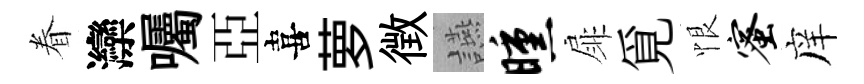
眷灤囑亞喜萝徴讌曛扉覓恨蜜庠